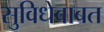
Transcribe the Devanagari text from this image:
सुविधेबाबत